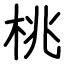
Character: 桃